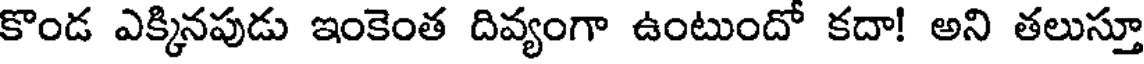
కొండ ఎక్కినపుడు ఇంకెంత దివ్యంగా ఉంటుందో కదా! అని తలుస్తూ